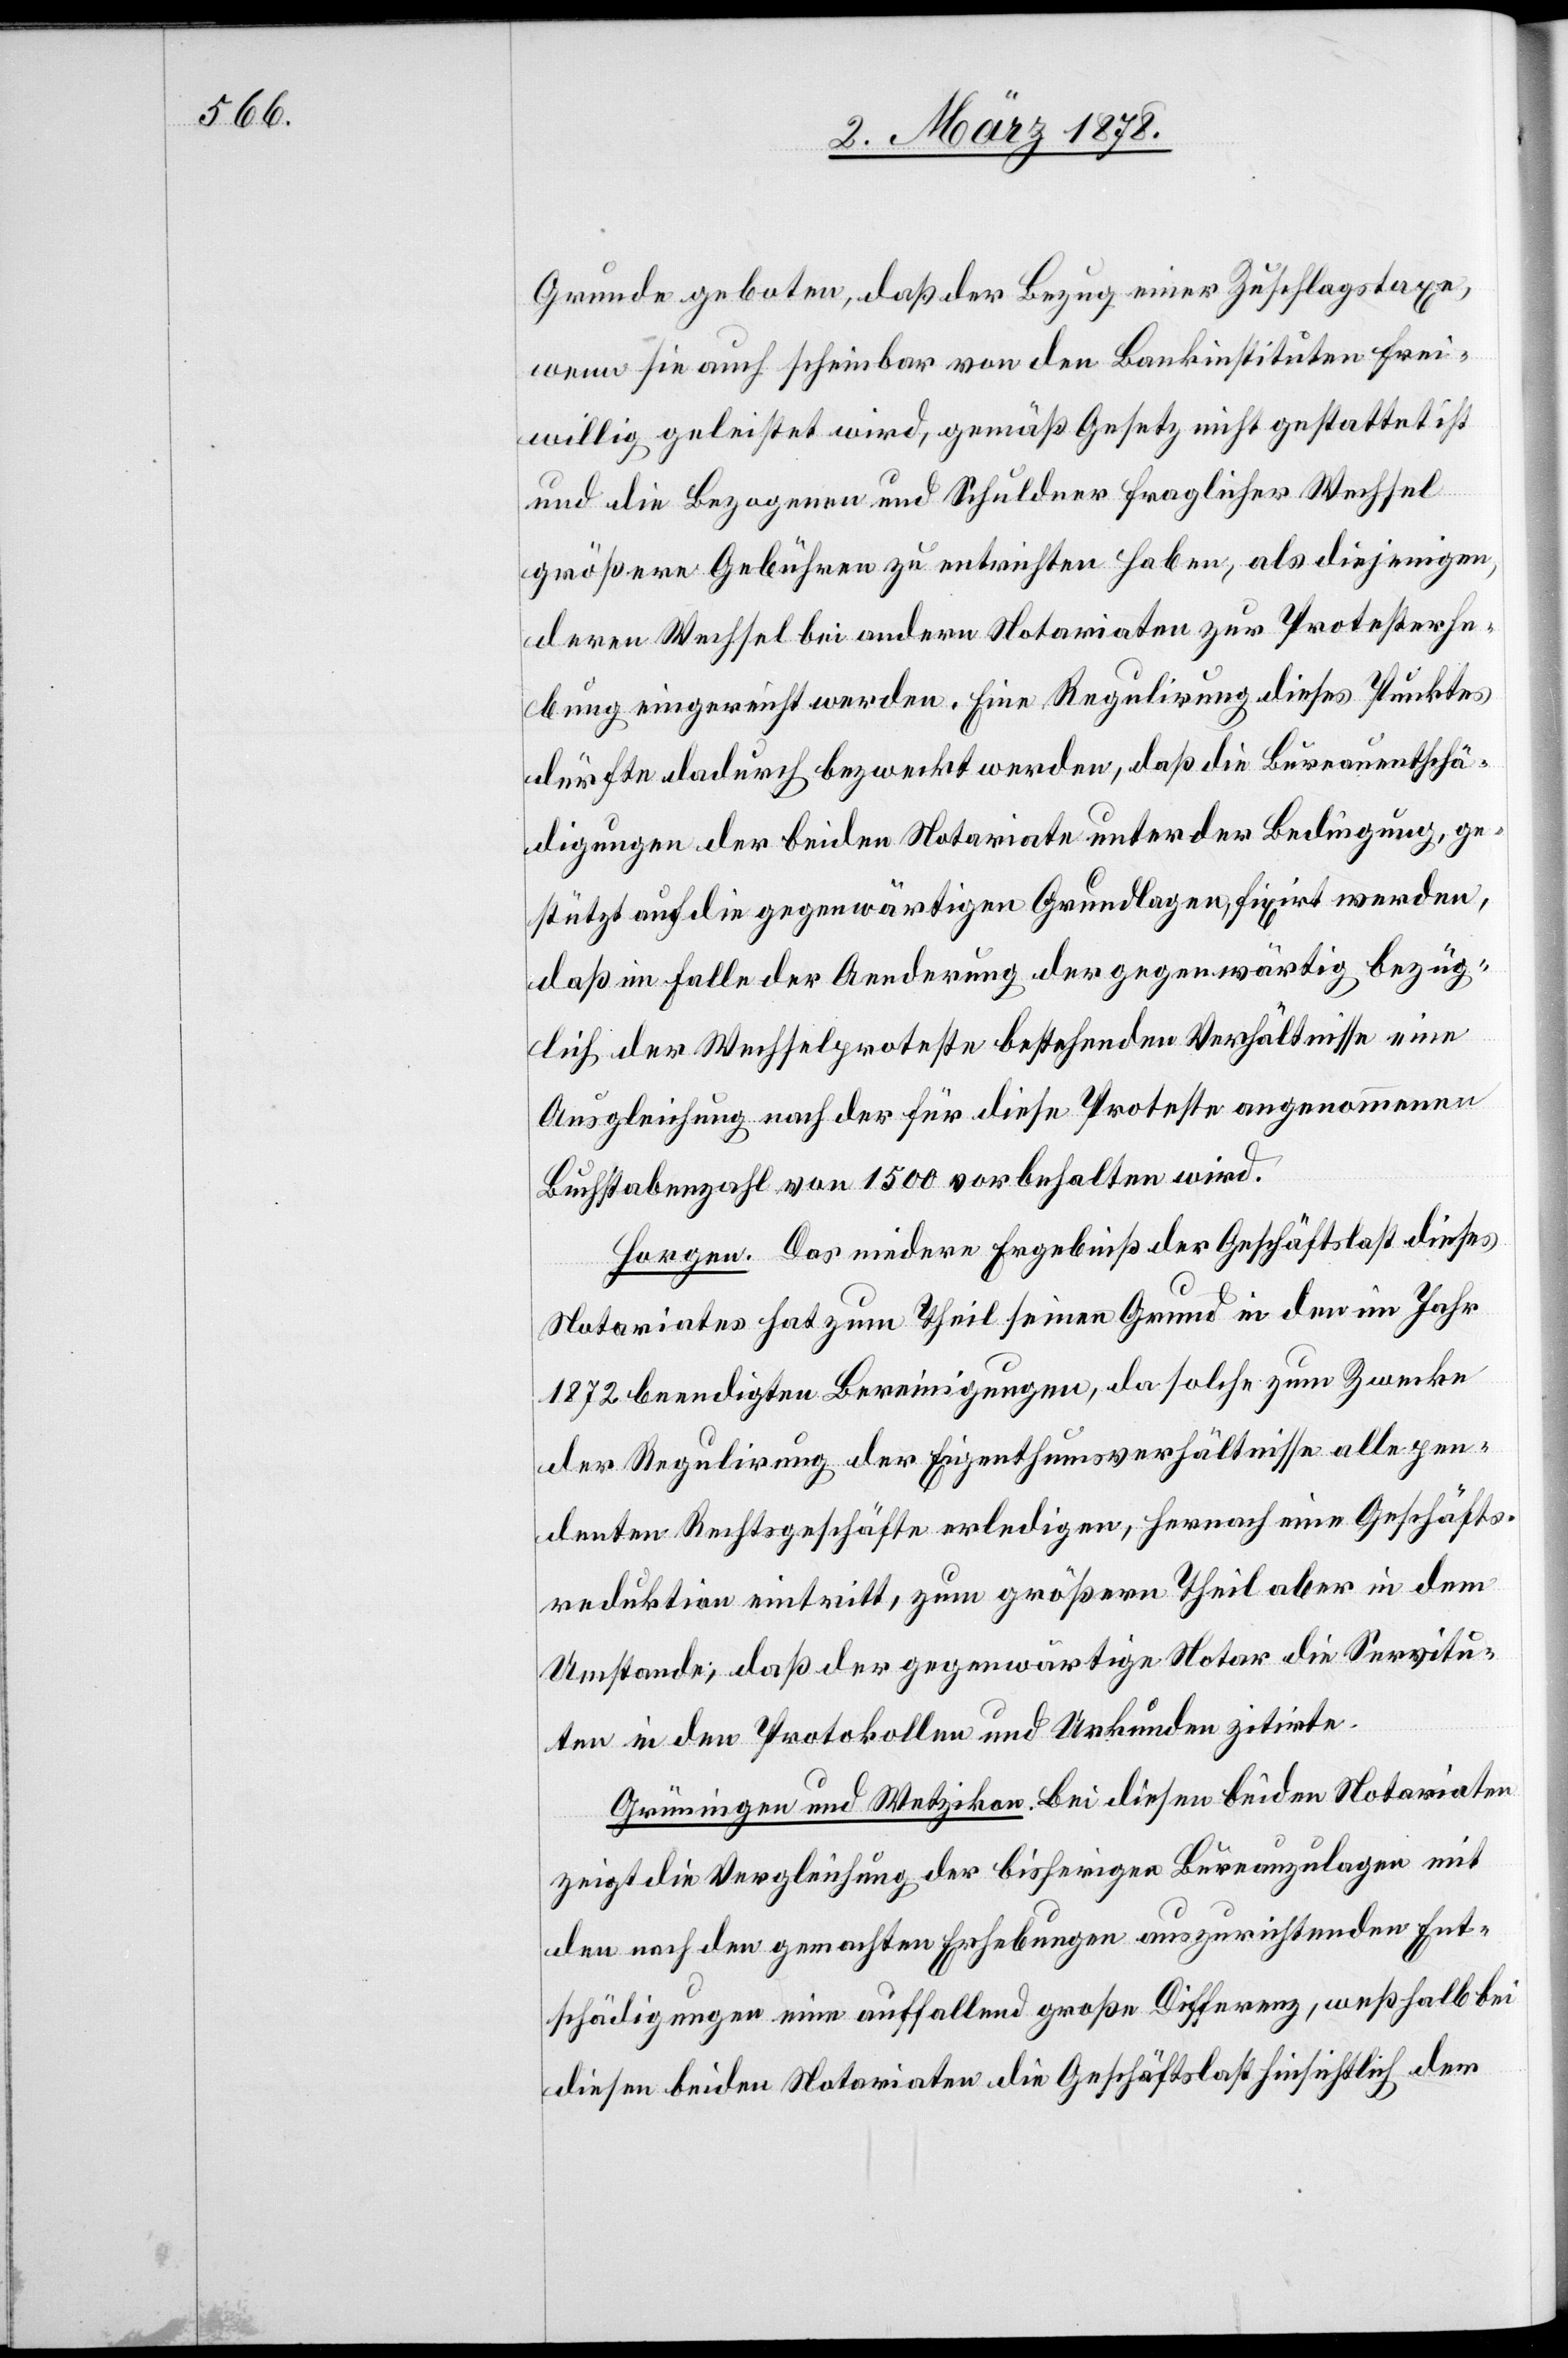
Grunde geboten, daß der Bezug einer Zuschlagstaxe,
wenn sie auch scheinbar von den Bankinstituten frei¬
willig geleistet wird, gemäß Gesetz nicht gestattet ist
und die Bezogenen und Schuldner fraglicher Wechsel
größere Gebühren zu entrichten haben, als diejenigen,
deren Wechsel bei andern Notariaten zur Protesterhe¬
bung eingereicht werden. Eine Regulirung dieses Punktes
dürfte dadurch bezweckt werden, daß die Bureauentschä¬
digungen der beiden Notariate unter der Bedingung, ge¬
stützt auf die gegenwärtigen Grundlagen fixirt werden,
daß im Falle der Aenderung der gegenwärtig bezüg¬
lich der Wechselproteste bestehenden Verhältnisse eine
Ausgleichung nach der für diese Proteste angenommene
Buchstabenzahl von 1500 vorbehalten wird.
Horgen. Das niedere Ergebniß der Geschäftslast dieses
Notariates hat zum Theil seinen Grund in den im Jahr
1872 beendigten Bereinigungen, da solche zum Zwecke
der Regulirung der Eigenthumsverhältnisse alle pen¬
denten Rechtsgeschäfte erledigen, hernach eine Geschäfts¬
reduktion eintritt, zum größern Theil aber in dem
Umstande, daß der gegenwärtige Notar die Servitu¬
ten in den Protokollen und Urkunden zitirte.
Grüningen und Wetzikon. Bei diesen beiden Notariaten
zeigt die Vergleichung der bisherigen Bureauzulagen mit
den nach den gemachten Erhebungen auszurichtenden Ent¬
schädigungen eine auffallend große Differenz, weßhalb bei
diesen beiden Notariaten die Geschäftslast hinsichtlich der